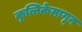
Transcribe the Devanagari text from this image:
कृत्तिकेमागून